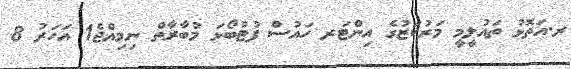
ރ.އަތޮޅު ތައުލީމީ މަރުކަޒުގެ އިންޓަރ ހައުސް ފުޓުބޯޅަ މުބާރާތް ނިމިއްޖެ1 އަހަރު 8